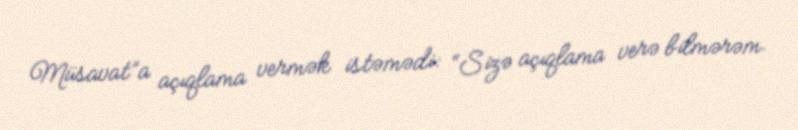
Müsavat”a açıqlama vermək istəmədi: “Sizə açıqlama verə bilmərəm.